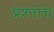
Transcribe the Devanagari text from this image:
प्रश्नांच